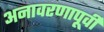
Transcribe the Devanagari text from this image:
अनावरणापूर्वी